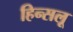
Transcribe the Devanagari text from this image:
हिन्सलू